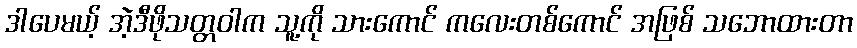
ဒါပေမယ့် အဲ့ဒီဖိုသတ္တဝါက သူ့ကို သားကောင် ကလေးတစ်ကောင် အဖြစ် သဘောထားတာ